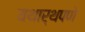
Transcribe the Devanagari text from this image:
यथार्थपणे